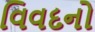
વિવદનો